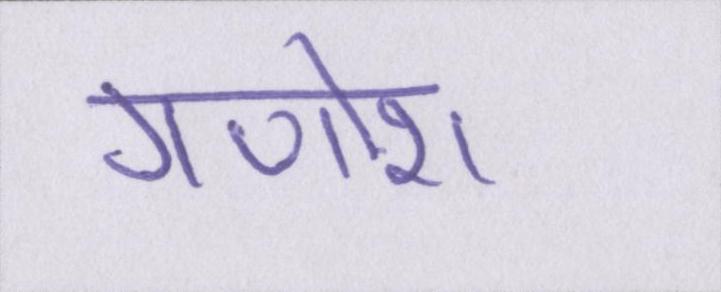
गणोश